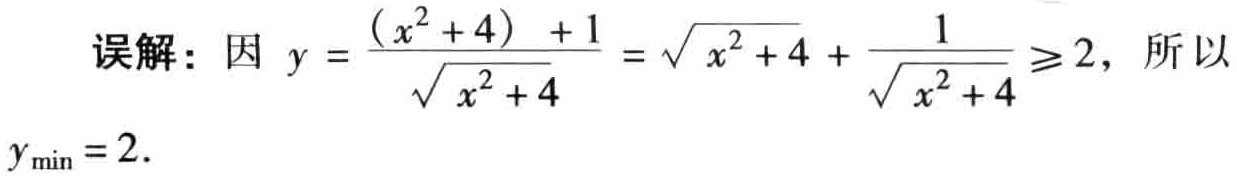
误解：因 \(y = \frac{(x^{2}+4)+1}{\sqrt{x^{2}+4}}=\sqrt{x^{2}+4}+\frac{1}{\sqrt{x^{2}+4}}\geqslant2\)，所以 \(y_{\min}=2\).